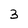
Character: 3